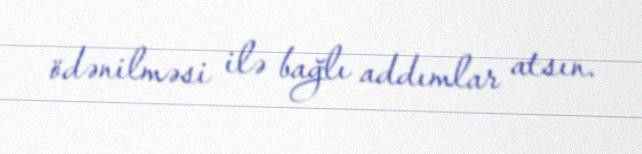
ödənilməsi ilə bağlı addımlar atsın.